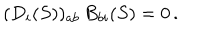
( D _ { i } ( S ) ) _ { a b } \, B _ { b i } ( S ) = 0 \, .